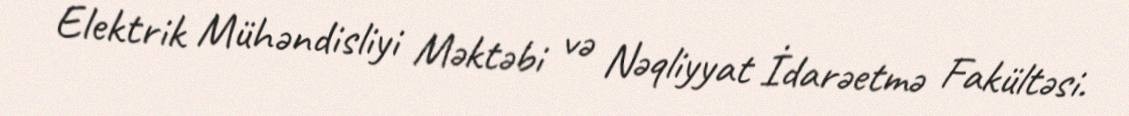
Elektrik Mühəndisliyi Məktəbi və Nəqliyyat İdarəetmə Fakültəsi.